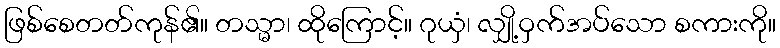
ဖြစ်စေတတ်ကုန်၏။ တသ္မာ၊ ထိုကြောင့်။ ဂုယှံ၊ လျှို့ဝှက်အပ်သော စကားကို။